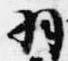
羽